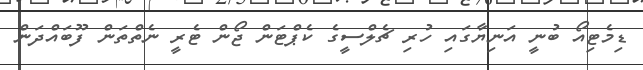
ޑިމެޓިއޯ ބުނީ އަނިޔާގައި ހުރި ޗެލްސީގެ ކެޕްޓަން ޖޯން ޓެރީ ނެތްތަން ފޫބައްދަން